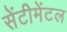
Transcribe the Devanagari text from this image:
सेंटीमेंटल